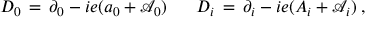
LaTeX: D _ { 0 } \, = \, \partial _ { 0 } - i e ( a _ { 0 } + { \mathcal A } _ { 0 } ) \; \; \; \; \; \; D _ { i } \, = \, \partial _ { i } - i e ( A _ { i } + { \mathcal A } _ { i } ) \; ,